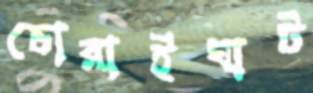
চোরাইঘাট